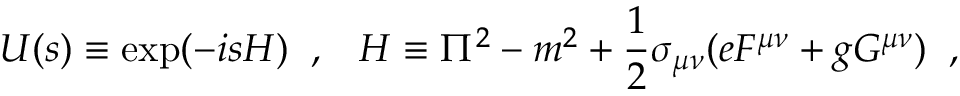
U ( s ) \equiv \exp ( - i s H ) \; \; , \; \; \; H \equiv \Pi ^ { 2 } - m ^ { 2 } + \frac { 1 } { 2 } \sigma _ { \mu \nu } ( e F ^ { \mu \nu } + g G ^ { \mu \nu } ) \; \; ,